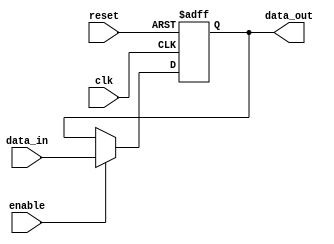
module latch (
    input wire clk,
    input wire reset,
    input wire enable,
    input wire data_in,
    output reg data_out
);

always @(posedge clk or posedge reset) begin
    if (reset) begin
        data_out <= 1'b0;
    end else if (enable) begin
        data_out <= data_in;
    end
end

endmodule